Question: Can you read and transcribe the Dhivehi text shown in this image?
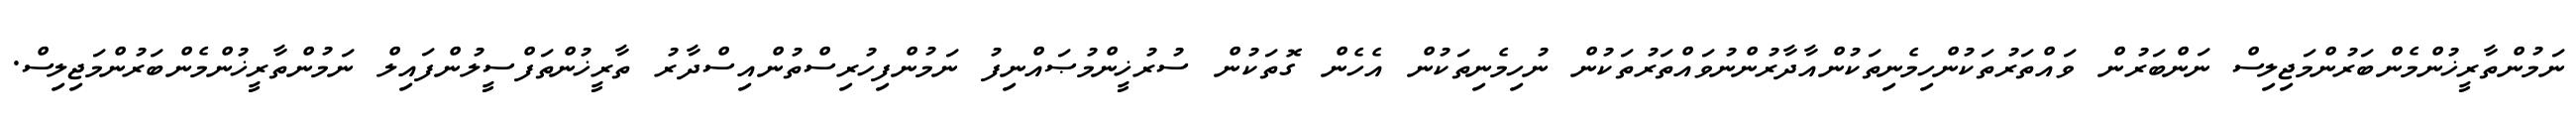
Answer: ނަމުންތާރީޚުންމެންބަރުންމަޖިލިސް ނަންބަރުން ވައްތަރުތަކުންހިމެނިތަކުންއާދާރުންނުވައްތަރުތަކުން ނުހިމެނިތަކުން އެހެން ގޮތަކުން ސުރުޚީންމުޞައްނިފު ނަމުންފިހުރިސްތުންއިސްދާރު ތާރީޚުންތަފްސީލުންފައިލް ނަމުންތާރީޚުންމެންބަރުންމަޖިލިސް.